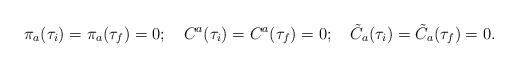
LaTeX: \begin{align*}\pi_a(\tau_i)=\pi_a(\tau_f)=0;\quad C^a(\tau_i)=C^a(\tau_f)=0;\quad\tilde C_a(\tau_i)=\tilde C_a(\tau_f)=0.\end{align*}